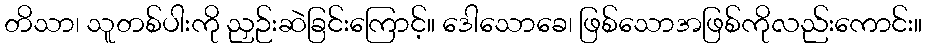
တိသာ၊ သူတစ်ပါးကို ညှဉ်းဆဲခြင်းကြောင့်။ ဒေါသောခေ၊ ဖြစ်သောအဖြစ်ကိုလည်းကောင်း။